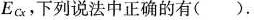
E_{Cx}，下列说法中正确的有()。